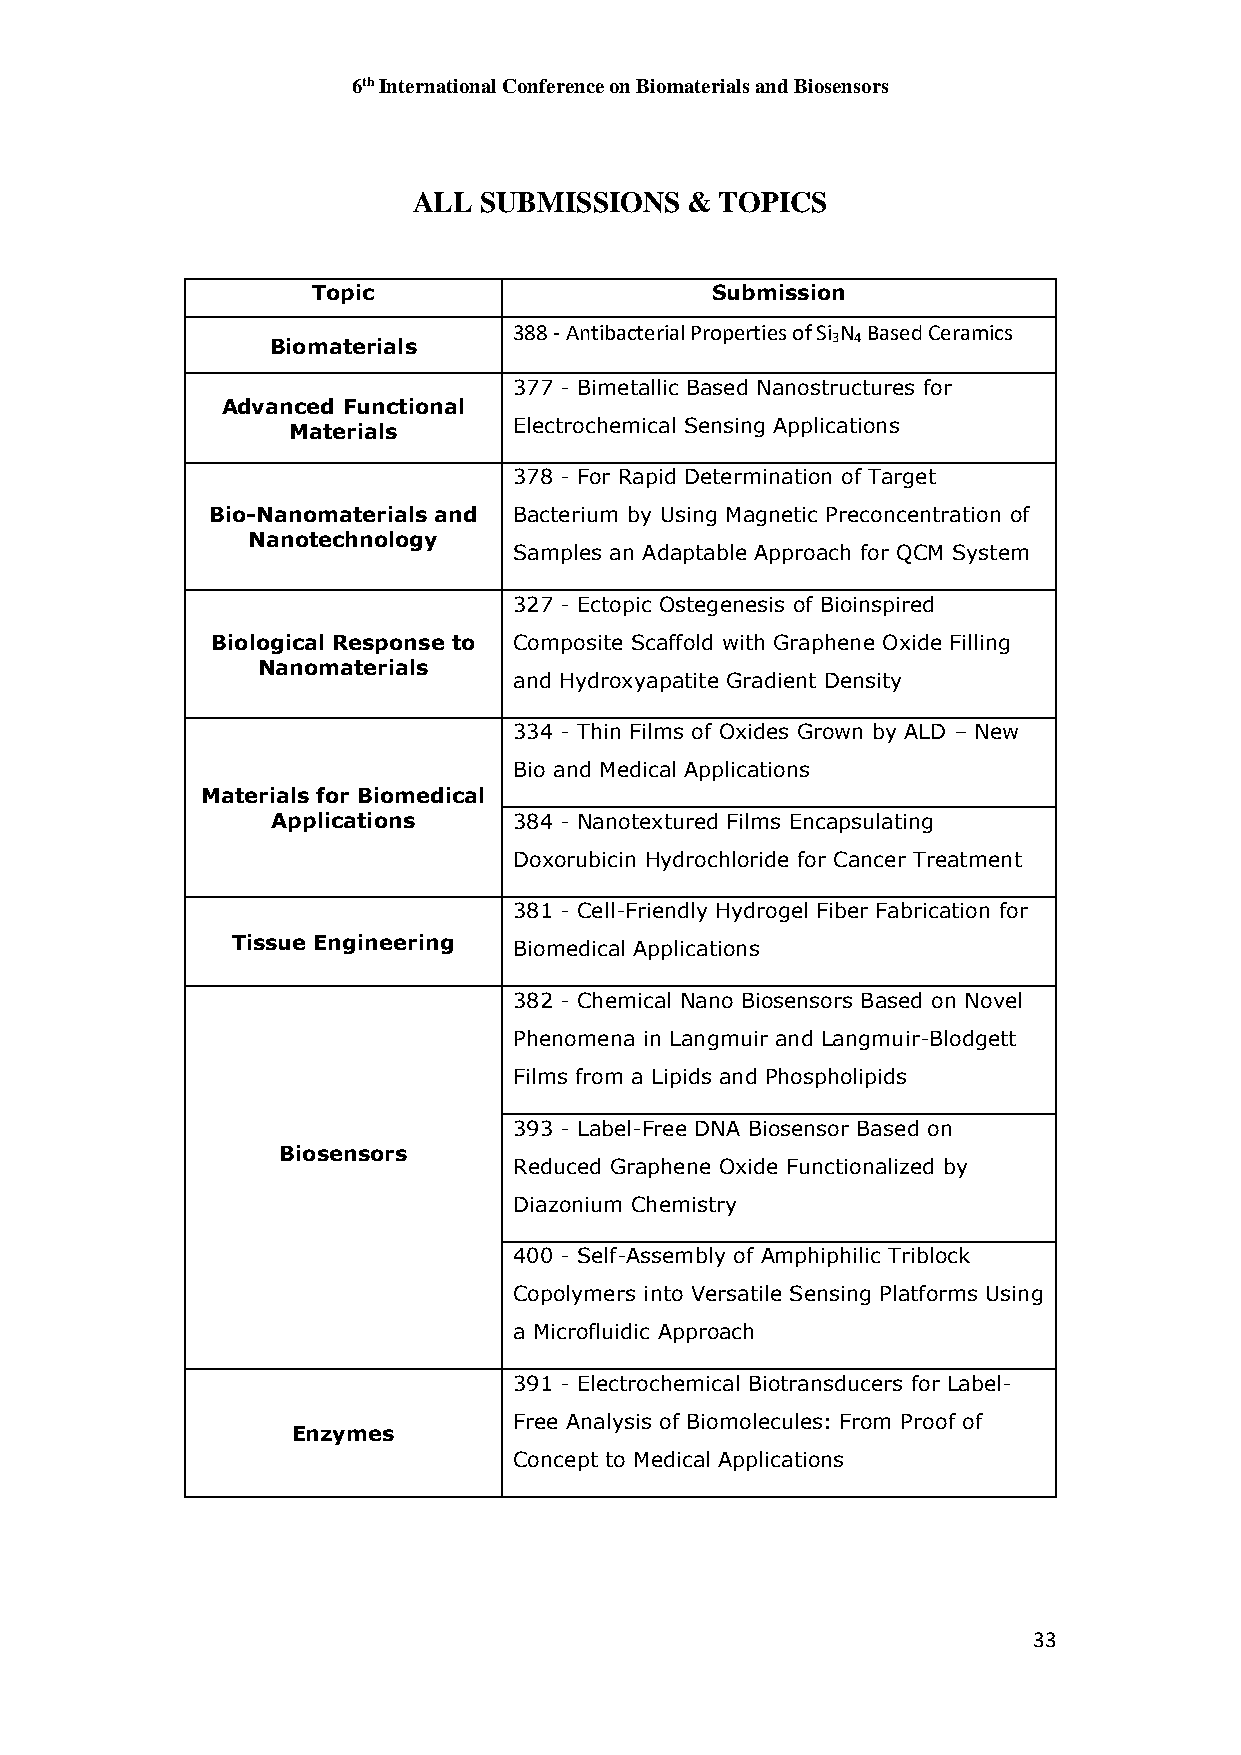
6th International Conference on Biomaterials and Biosensors
 ALL  SUBMISSIONS  &  TOPICS
 Topic                     Submission
 388 - Antibacterial Properties of Si N Based Ceramics
 3 4
 Biomaterials
 377 - Bimetallic Based Nanostructures for
 Advanced Functional
 Materials      Electrochemical Sensing Applications
 378 - For Rapid Determination of Target
 Bio-Nanomaterials and Bacterium by Using Magnetic Preconcentration of
 Nanotechnology
 Samples an Adaptable Approach for QCM System
 327 - Ectopic Ostegenesis of Bioinspired
 Biological Response to Composite Scaffold with Graphene Oxide Filling
 Nanomaterials
 and Hydroxyapatite Gradient Density
 334 - Thin Films of Oxides Grown by ALD – New
 Bio and Medical Applications
 Materials for Biomedical
 Applications    384 - Nanotextured Films Encapsulating
 Doxorubicin Hydrochloride for Cancer Treatment
 381 - Cell-Friendly Hydrogel Fiber Fabrication for
 Tissue Engineering
 Biomedical Applications
 382 - Chemical Nano Biosensors Based on Novel
 Phenomena in Langmuir and Langmuir-Blodgett
 Films from a Lipids and Phospholipids
 393 - Label-Free DNA Biosensor Based on
 Biosensors
 Reduced Graphene Oxide Functionalized by
 Diazonium Chemistry
 400 - Self-Assembly of Amphiphilic Triblock
 Copolymers into Versatile Sensing Platforms Using
 a Microfluidic Approach
 391 - Electrochemical Biotransducers for Label-
 Free Analysis of Biomolecules: From Proof of
 Enzymes
 Concept to Medical Applications
 33